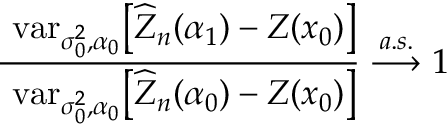
\frac { \mathrm { { \sc ~ v a r } } _ { \sigma _ { 0 } ^ { 2 } , \alpha _ { 0 } } \bigl [ \widehat { Z } _ { n } ( \alpha _ { 1 } ) - Z ( \boldsymbol { x } _ { 0 } ) \bigr ] } { \mathrm { { \sc ~ v a r } } _ { \sigma _ { 0 } ^ { 2 } , \alpha _ { 0 } } \bigl [ \widehat { Z } _ { n } ( \alpha _ { 0 } ) - Z ( \boldsymbol { x } _ { 0 } ) \bigr ] } \stackrel { a . s . } { \longrightarrow } 1